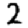
Digit: 2